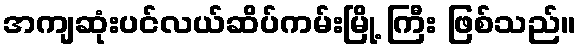
အကျဆုံးပင်လယ်ဆိပ်ကမ်းမြို့ ကြီး ဖြစ်သည်။